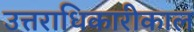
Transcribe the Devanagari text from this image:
उत्तराधिकारीकाल